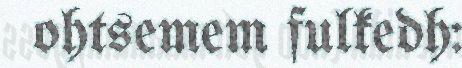
ohtsemem fulkedh: